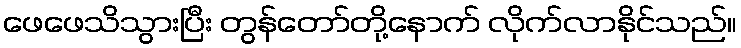
ဖေဖေသိသွားပြီး တွန်တော်တို့နောက် လိုက်လာနိုင်သည်။